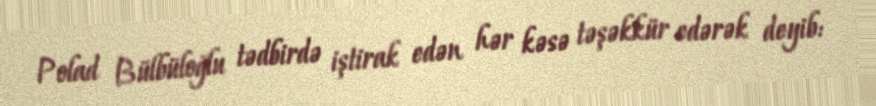
Polad Bülbüloğlu tədbirdə iştirak edən hər kəsə təşəkkür edərək deyib: